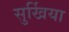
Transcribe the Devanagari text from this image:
सुर्खिया